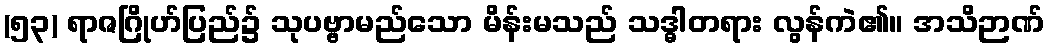
(၅၃) ရာဇဂြိုဟ်ပြည်၌ သုပဗ္ဗာမည်သော မိန်းမသည် သဒ္ဓါတရား လွန်ကဲ၏။ အသိဉာဏ်